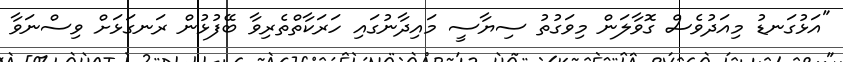
"އަޅުގަނޑު މިއަދުވެސް ގޮވާލަން މިވަގުތު ސިޔާސީ މައިދާނުގައި ހަރަކާތްތެރިވާ ބޭފުޅުން ރަނގަޅަށް ވިސްނަވާ